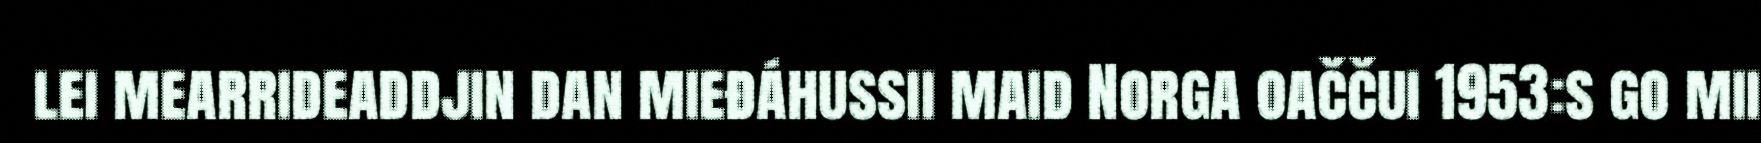
lei mearrideaddjin dan mieđáhussii maid Norga oaččui 1953:s go mii